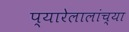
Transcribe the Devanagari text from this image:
प्यारेलालांच्या